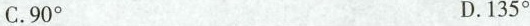
C.90^ { \circ } D.135^ { \circ }